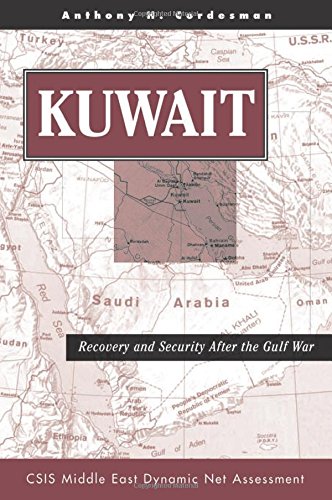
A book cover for Kuwait: Recovery And Security After The Gulf War (CSIS Middle East Dynamic Net Assessment); Anthony H Cordesman; History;